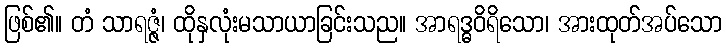
ဖြစ်၏။ တံ သာရဇ္ဇံ၊ ထိုနှလုံးမသာယာခြင်းသည။ အာရဒ္ဓဝိရိသော၊ အားထုတ်အပ်သော